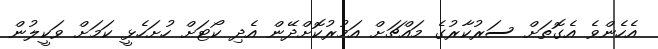
އެހެންވެ އެގޮތަށް ސަރުކާރުގެ މައްޗަށް އަމުރުކޮށްދޭން އެދި ކޯޓަށް ހުށަހެޅީ ކަމަށް ވަކީލުން